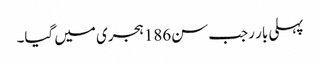
پہلی بار رجب سن186ہجری میں گیا۔